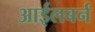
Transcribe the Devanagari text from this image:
आईलबर्न